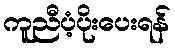
ကူညီပံ့ပိုးပေးရန်